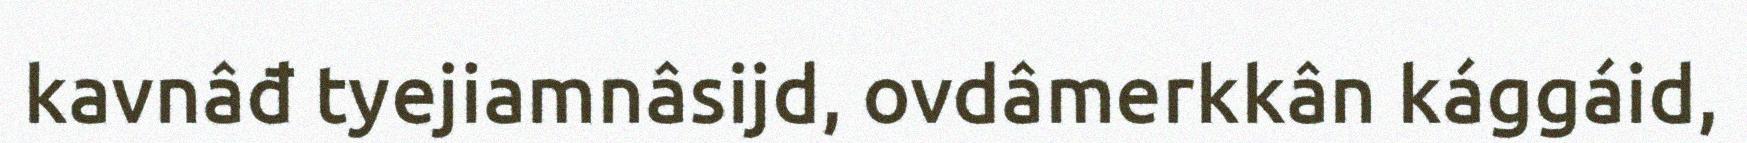
kavnâđ tyejiamnâsijd, ovdâmerkkân kággáid,